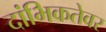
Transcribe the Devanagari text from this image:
दांभिकतेवर